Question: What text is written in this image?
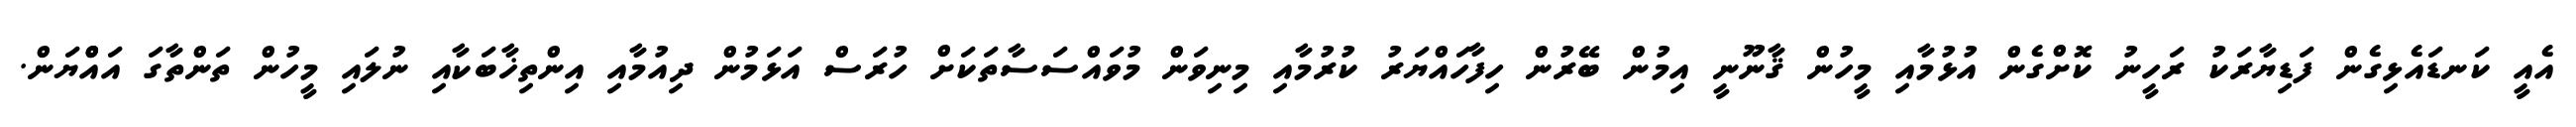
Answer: އެއީ ކަނޑައެޅިގެން ފަޑިޔާރަކު ރަހީނު ކޮށްގެން އުޅުމާއި މީހުން ޤާނޫނީ އިމުން ބޭރުން ހިފާހައްޔަރު ކުރުމާއި މިނިވަން މުވައްސަސާތަކަށް ހުރަސް އަޅަމުން ދިއުމާއި އިންތިޚާބަކާއި ނުލައި މީހުން ތަންތާގަ އައްްޔަން.